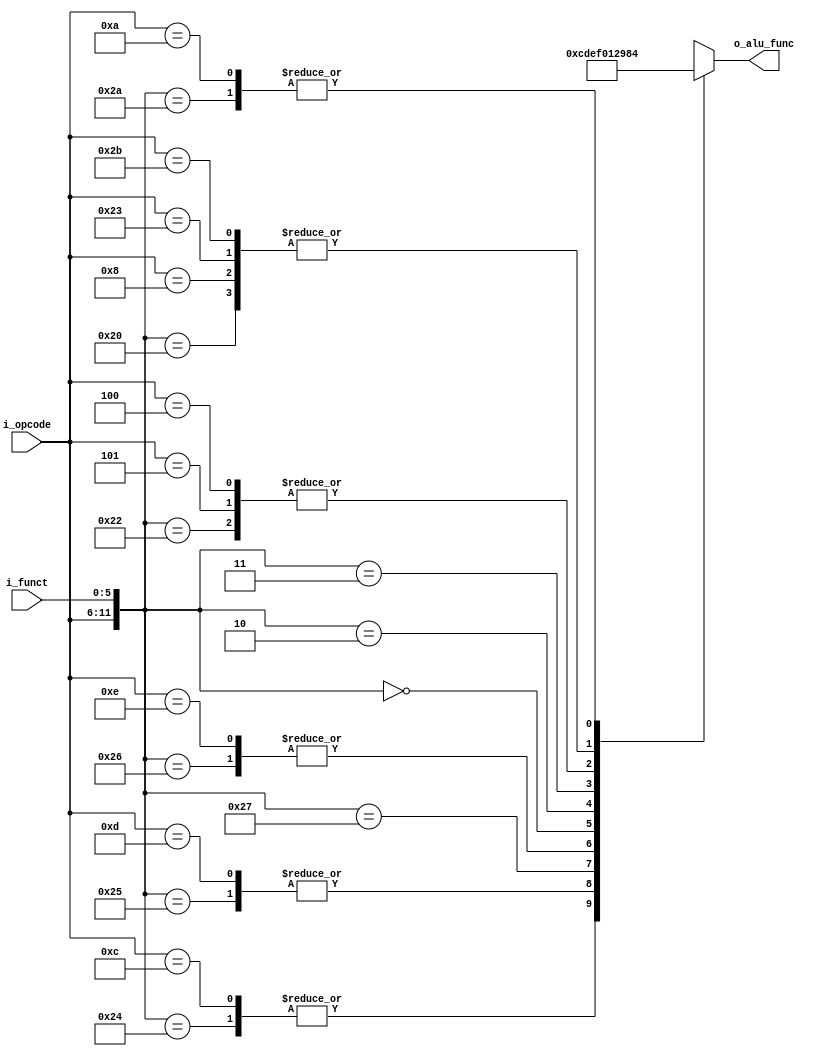
module alu_control(i_opcode, i_funct, o_alu_func);

input 		 	[5:0] i_opcode,i_funct;
output reg 	 	[3:0] o_alu_func;

reg			[11:0] control;

always @* begin
	control = {i_opcode, i_funct};
end

always @* begin
	casez (control)
			/* ADD */
			12'b000000100000: begin
				o_alu_func = 4'b1000;
			
			end 
			
			/* ADDI Add Immediate*/
			12'b001000??????: begin
				o_alu_func = 4'b1000;
			end
			
			/* SUB Subtract*/
			12'b000000100010: begin
				o_alu_func = 4'b1001;
			end
			
			/* AND */
			12'b000000100100: begin
				o_alu_func = 4'b1100;
			end
			
			/* ANDI */
			12'b001100??????: begin
				o_alu_func = 4'b1100;
			end
			
			/* OR */
			12'b000000100101: begin
				o_alu_func = 4'b1101;	
			end
			
			/* ORI */
			12'b001101??????: begin
				o_alu_func = 4'b1101;	
			end
			
			/* NOR */
			12'b000000100111: begin
				o_alu_func = 4'b1110;	
			end
			
			/* XOR Exclusive Or*/
			12'b000000100110: begin
				o_alu_func = 4'b1111;	
			end
			
			/* XORI Exclusive Or Immediate*/
			12'b001110??????: begin
				o_alu_func = 4'b1111;	
			end
			
			/* SLL Shift Left Logical*/
			12'b000000000000: begin
				o_alu_func = 4'b0000;	
			end
			
			/* SRL Shift Right Logical*/
			12'b000000000010: begin
				o_alu_func = 4'b0001;
			end
			
			/* SRA Shift Right Arithmetic*/
			12'b000000000011: begin
				o_alu_func = 4'b0010;
			end
			
			/* BNE Branch On Not Equal*/
			12'b000101??????: begin
				o_alu_func = 4'b1001; //<- SUB A-B compare
			end
						
			/* BEQ */
			12'b000100??????: begin
				o_alu_func = 4'b1001; 
			end
			
			/* J jump */
			12'b000010??????: begin
				o_alu_func = 4'bx; 
			end
			
			/* LW */
			12'b100011??????: begin
				o_alu_func = 4'b1000;//<- ADD immediate16+base
			end
			
			/* SW */
			12'b101011??????: begin
				o_alu_func = 4'b1000;
			end

			/* SLT */
			12'b000000101010: begin
				o_alu_func = 4'b0100;
			end
			
			/* SLTI */
			12'b001010??????: begin
				o_alu_func = 4'b0100;
			end			

			default: begin
				o_alu_func = 4'bx;
			end
	endcase
end

endmodule